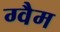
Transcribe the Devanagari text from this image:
ग्वैम